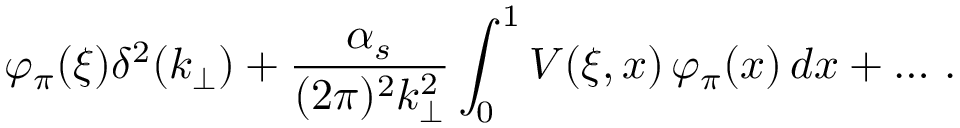
\varphi _ { \pi } ( \xi ) \delta ^ { 2 } ( k _ { \perp } ) + \frac { \alpha _ { s } } { ( 2 \pi ) ^ { 2 } k _ { \perp } ^ { 2 } } \int _ { 0 } ^ { 1 } V ( \xi , x ) \, \varphi _ { \pi } ( x ) \, d x + \ldots \, .